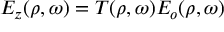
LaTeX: E _ { z } ( \rho , \omega ) = T ( \rho , \omega ) E _ { o } ( \rho , \omega )